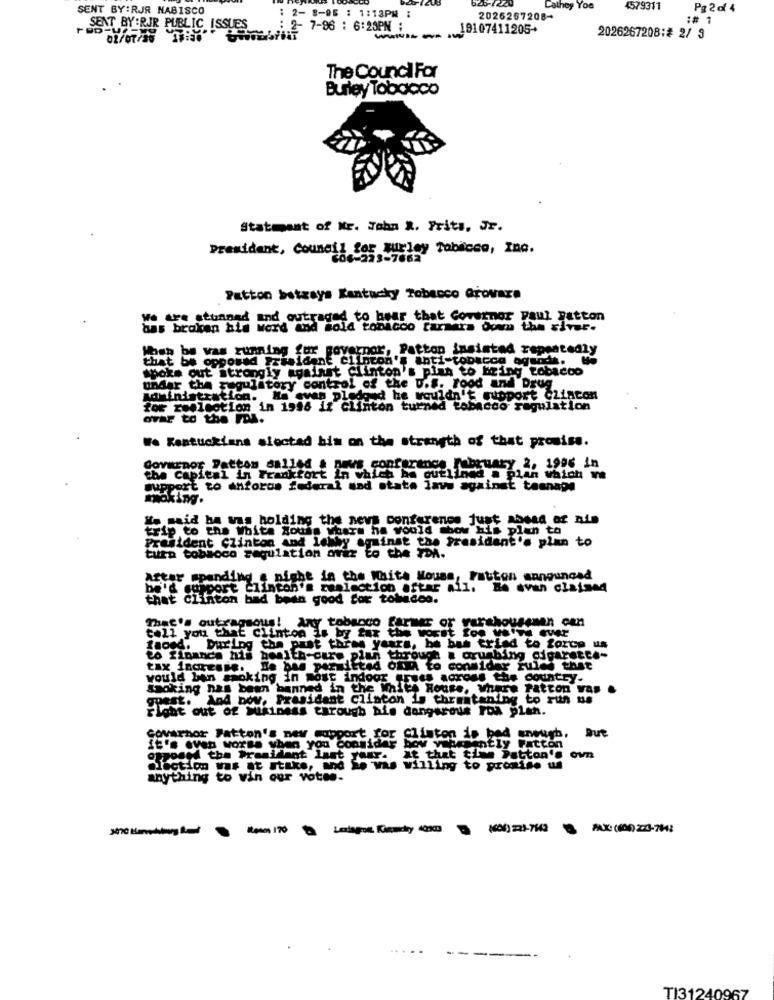
626-7224
SENT BY:RJR NABISCO
Dathey Yoa
4579311
Pg 2 of 4
: 2- 8-05 : 1:13PM :
2026267208-
:# 1
SENT BY :RJR PUBLIC ISSUES
2- 7-96 : 6:23PM :
19107411205+
-----
2026267208:# 2/ 3
The Council For
Burley Tobacco
Statment of Mr. John 2. Frits, Jr.
President, Council for gurley Tobacco, Ina.
CO6-223-7662
Patton betrays Kentucky Tobacco Orovara
We are stunned and outraged to hear that Governor paul patton
has broken bis word and told tobacco tarmara Oown the siver.
When be was running for governor, Patton insisted repeatedly
that be opposed President clinton's anti-tobacco agunda. We
spoke out strongly against clinton's pias to bring tobacco
Under the regulatory control of the U.S. Food and Drug
Administration. Ma ewan pledged he wouldn't support Clinton
for reellotion in 1946 if Clinton turned tobacco regulation
ovar to the FDA.
We Restuckians sioctad bin on the strength of that promise.
Governor Patton dallad & news conference February 2, 1996 in
the capital in Frankfort in which he outlined a plan which we
support to anforos federal and state laws against teenage
moking.
He said he was holding the news conference just ahead of nie
trip to the White Nouis where ha would show His plen to
President Clinton And 1
And lahby against the President's plan to
turn tobmoco regulation avez to the FDA.
After spending . night in the White House, Fatiton announced
be'd support Clinton's realection after all. Be avan claimed
that clinton bad been good for tobacco.
That's outragsous! Any tobacco farmer or varahousenen can
tell you that clinton is by far the worst foo we're ever
faosd. During the past three years, be bas tried to force us
to finance his health-care plan through a orunbing cigarette-
tax incresie. We bas permitted ofmi to consider rules that
would ban smoking in most indoor erses across the country.
Smoking nas been banned in the White House, Where Patton was
guest. And boy, President clinton is threatening to ruth us
right out of Mixiness through his dangerous roa plan.
Covarhor Patton's new copport for Clinton is bad enough, But
I's even worse when you consider
bow yahwehntly Fatton
pposed the President Last your.
At that time Patton's own
lection was at stake, and he was willing to promise u
anything to vin our votes.
ste kleding Ram 170 Ledspot Kamy 4990 (60) 23-742
PAX: (100) 2:3-7143
TI31240967